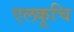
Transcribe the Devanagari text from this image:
एलकूचि